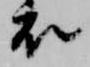
衣